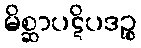
မိစ္ဆာပဋိပဒဉ္စ